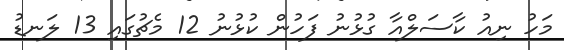
މަހު ނިއު ކާސަލްއާ ގުޅުނު ފަހުން ކުޅުނު 12 މެޗުގައި 13 ލަނޑު